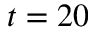
t = 2 0